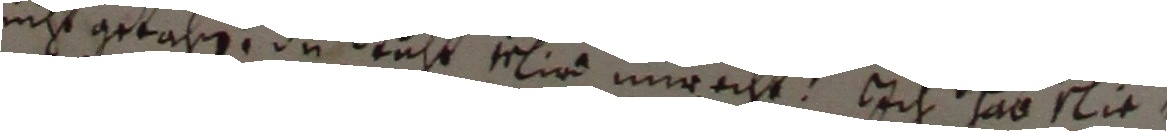
nicht getahn, dustuht mi unracht h hab slie